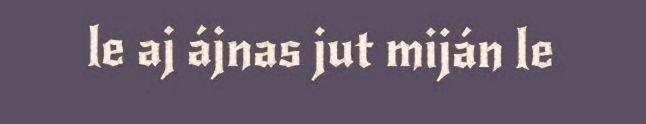
le aj ájnas jut miján le